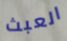
العبث